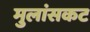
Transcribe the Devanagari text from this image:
मुलांसकट